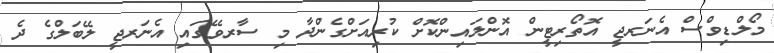
މޯލްޑިވްސް އެނަރޖީ އޮތޯރިޓީން އޮންލައިންކޮށް ކުރިއަށްގެންދާ މި ސާރވޭގައި އެނަރޖީ ލޭބަލްގެ ދެ